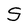
Character: S